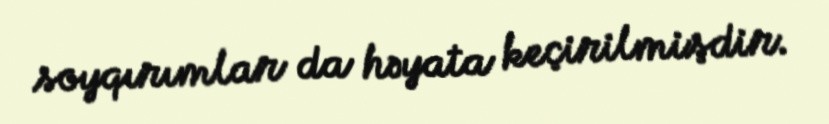
soyqırımlar da həyata keçirilmişdir.